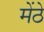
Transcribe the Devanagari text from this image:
मेंठे